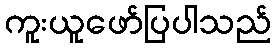
ကူးယူဖော်ပြပါသည်